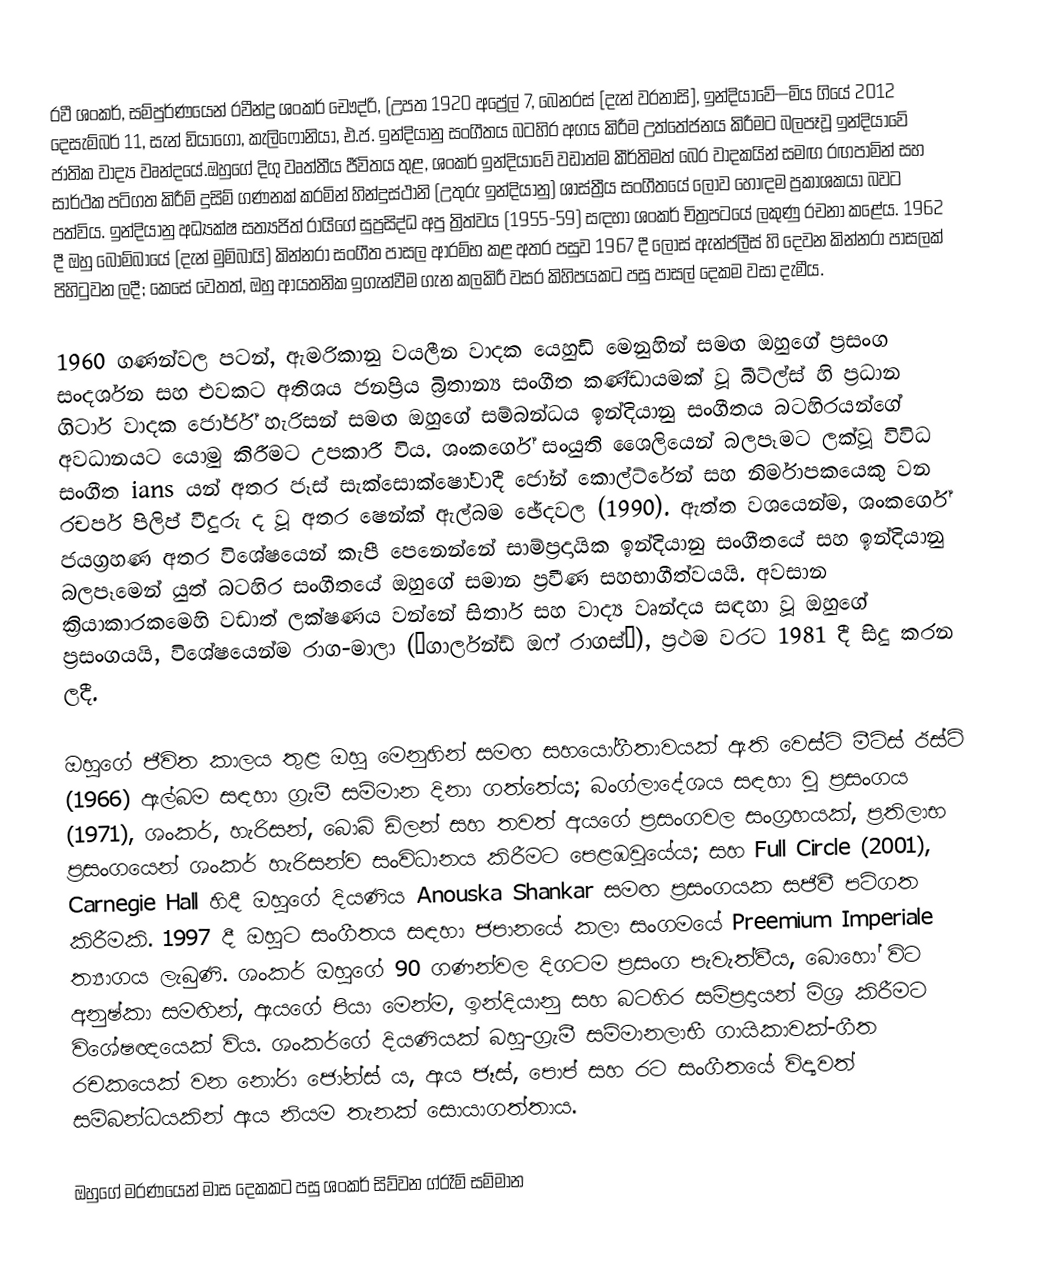
රවී ශංකර්, සම්පුර්ණයෙන් රවීන්ද්‍ර ශංකර් චෞද්රි, (උපත 1920 අප්‍රේල් 7, බෙනරස් [දැන් වරනාසි], ඉන්දියාවේ—මිය ගියේ 2012 දෙසැම්බර් 11, සැන් ඩියාගෝ, කැලිෆෝනියා, එ.ජ.  ඉන්දියානු සංගීතය බටහිර අගය කිරීම උත්තේජනය කිරීමට බලපෑවූ ඉන්දියාවේ ජාතික වාද්‍ය වෘන්දයේ.ඔහුගේ දිගු වෘත්තීය ජීවිතය තුළ, ශංකර් ඉන්දියාවේ වඩාත්ම කීර්තිමත් බෙර වාදකයින් සමඟ රඟපාමින් සහ සාර්ථක පටිගත කිරීම් දුසිම් ගණනක් කරමින් හින්දුස්ථානි (උතුරු ඉන්දියානු) ශාස්ත්‍රීය සංගීතයේ ලොව හොඳම ප්‍රකාශකයා බවට පත්විය.  ඉන්දියානු අධ්‍යක්ෂ සත්‍යජිත් රායිගේ සුප්‍රසිද්ධ අපු ත්‍රිත්වය (1955-59) සඳහා ශංකර් චිත්‍රපටයේ ලකුණු රචනා කළේය.  1962 දී ඔහු බොම්බායේ (දැන් මුම්බායි) කින්නරා සංගීත පාසල ආරම්භ කළ අතර පසුව 1967 දී ලොස් ඇන්ජලීස් හි දෙවන කින්නරා පාසලක් පිහිටුවන ලදී;  කෙසේ වෙතත්, ඔහු ආයතනික ඉගැන්වීම ගැන කලකිරී වසර කිහිපයකට පසු පාසල් දෙකම වසා දැමීය.

1960 ගණන්වල පටන්, ඇමරිකානු වයලීන වාදක යෙහුඩි මෙනුහින් සමඟ ඔහුගේ ප්‍රසංග සංදර්ශන සහ එවකට අතිශය ජනප්‍රිය බ්‍රිතාන්‍ය සංගීත කණ්ඩායමක් වූ බීට්ල්ස් හි ප්‍රධාන ගිටාර් වාදක ජෝර්ජ් හැරිසන් සමඟ ඔහුගේ සම්බන්ධය ඉන්දියානු සංගීතය බටහිරයන්ගේ අවධානයට යොමු කිරීමට උපකාරී විය.  ශංකර්ගේ සංයුති ශෛලියෙන් බලපෑමට ලක්වූ විවිධ සංගීත ians යන් අතර ජෑස් සැක්සොක්ෂෝවාදී ජෝන් කොල්ට්රේන් සහ නිර්මාපකයෙකු වන රචපර් පිලිප් වීදුරු ද වූ අතර ෂෙන්ක් ඇල්බම ඡේදවල (1990).  ඇත්ත වශයෙන්ම, ශංකර්ගේ ජයග්‍රහණ අතර විශේෂයෙන් කැපී පෙනෙන්නේ සාම්ප්‍රදායික ඉන්දියානු සංගීතයේ සහ ඉන්දියානු බලපෑමෙන් යුත් බටහිර සංගීතයේ ඔහුගේ සමාන ප්‍රවීණ සහභාගීත්වයයි.  අවසාන ක්‍රියාකාරකමෙහි වඩාත් ලක්ෂණය වන්නේ සිතාර් සහ වාද්‍ය වෘන්දය සඳහා වූ ඔහුගේ ප්‍රසංගයයි, විශේෂයෙන්ම රාග-මාලා (“ගාර්ලන්ඩ් ඔෆ් රාගස්”), ප්‍රථම වරට 1981 දී සිදු කරන ලදී.

ඔහුගේ ජීවිත කාලය තුළ ඔහු මෙනුහින් සමඟ සහයෝගීතාවයක් ඇති වෙස්ට් මීට්ස් ඊස්ට් (1966) ඇල්බම සඳහා ග්‍රැමී සම්මාන දිනා ගත්තේය;  බංග්ලාදේශය සඳහා වූ ප්‍රසංගය (1971), ශංකර්, හැරිසන්, බොබ් ඩිලන් සහ තවත් අයගේ ප්‍රසංගවල සංග්‍රහයක්, ප්‍රතිලාභ ප්‍රසංගයෙන් ශංකර් හැරිසන්ව සංවිධානය කිරීමට පෙළඹවූයේය;  සහ Full Circle (2001), Carnegie Hall හිදී ඔහුගේ දියණිය Anouska Shankar සමඟ ප්‍රසංගයක සජීවී පටිගත කිරීමකි.  1997 දී ඔහුට සංගීතය සඳහා ජපානයේ කලා සංගමයේ Preemium Imperiale  ත්‍යාගය ලැබුණි.  ශංකර් ඔහුගේ 90 ගණන්වල දිගටම ප්‍රසංග පැවැත්වීය, බොහෝ විට අනුෂ්කා සමඟින්, ඇයගේ පියා මෙන්ම, ඉන්දියානු සහ බටහිර සම්ප්‍රදායන් මිශ්‍ර කිරීමට විශේෂඥයෙක් විය.  ශංකර්ගේ දියණියක් බහු-ග්‍රැමී සම්මානලාභී ගායිකාවක්-ගීත රචකයෙක් වන නෝරා ජෝන්ස් ය, ඇය ජෑස්, පොප් සහ රට සංගීතයේ විද්‍යවත් සම්බන්ධයකින් ඇය නියම තැනක් සොයාගත්තාය.

ඔහුගේ මරණයෙන් මාස දෙකකට පසු ශංකර් සිව්වන ග්රෑම් සම්මාන